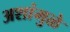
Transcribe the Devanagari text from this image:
अशांमुळे